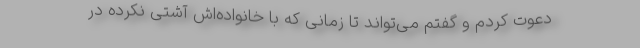
دعوت کردم و گفتم می‌تواند تا زمانی که با خانواده‌اش آشتی نکرده در